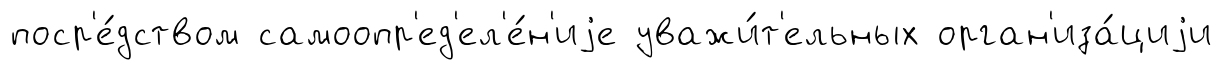
поср'е́дством самоопр'ед'ел'е́н'иjе уважи́т'ельных орган'иза́циjи